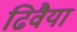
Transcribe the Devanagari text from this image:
ढिवैया